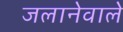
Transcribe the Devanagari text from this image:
जलानेवाले